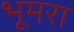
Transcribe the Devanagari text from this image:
भूमरा